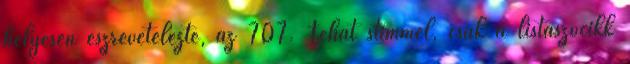
helyesen észrevételezte, az 707. Tehát stimmel, csak a listaszócikk